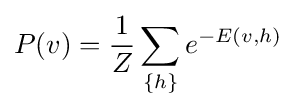
P(v)={\frac {1}{Z}}\sum _{\{h\}}e^{-E(v,h)}